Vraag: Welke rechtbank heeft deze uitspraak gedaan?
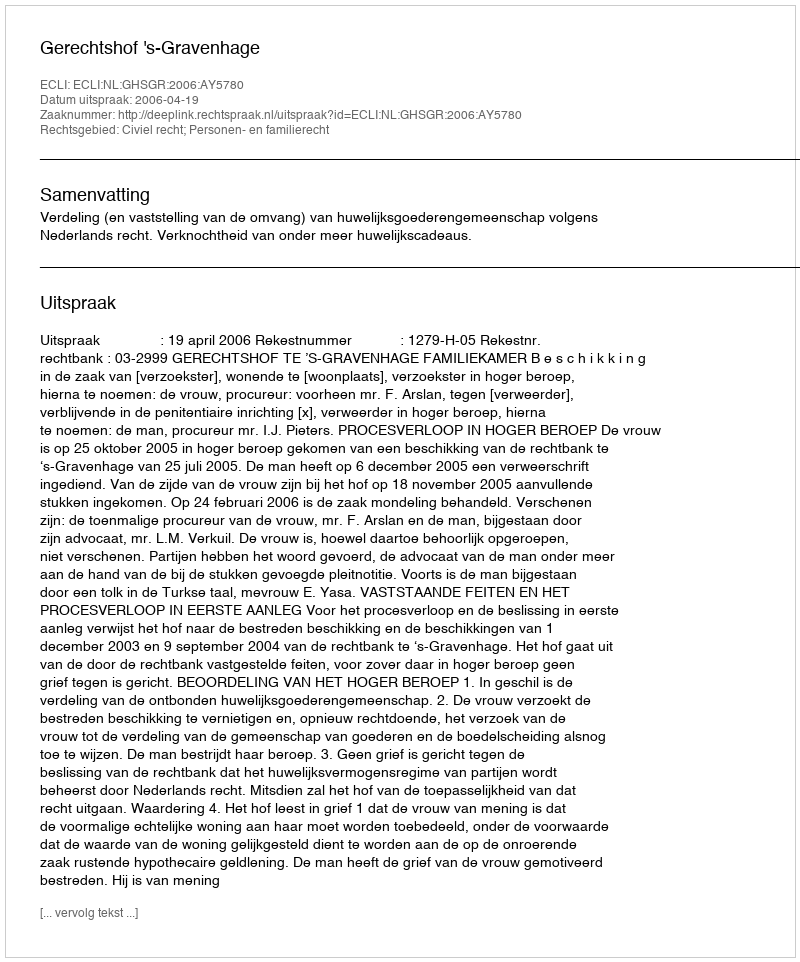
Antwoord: Gerechtshof 's-Gravenhage